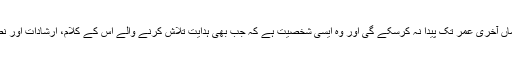
امام (علی علیہ السلام) سب سے بلند مرتبہ مرد ہے جسے کوئی بھی ماں آخری عمر تک پیدا نہ کرسکے گی اور وہ ایسی شخصیت ہے کہ جب بھی ہدایت تلاش کرنے والے اُس کے کلام، ارشادات اور نصیحتوں کو پڑھیں گے تو ہر جملے سے اُن کو نئی روشنیاں ملیں گی۔